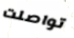
تواصلت